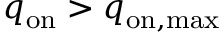
q _ { \mathrm { o n } } > q _ { \mathrm { o n , m a x } }